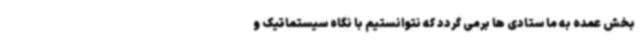
بخش عمده به ما ستادی ها برمی گردد که نتوانستیم با نگاه سیستماتیک و